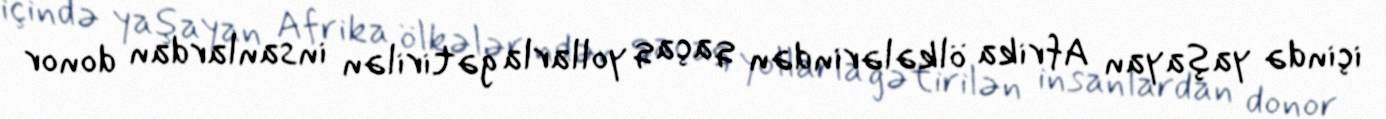
içində yaşayan Afrika ölkələrindən qaçaq yollarla gətirilən insanlardan donor